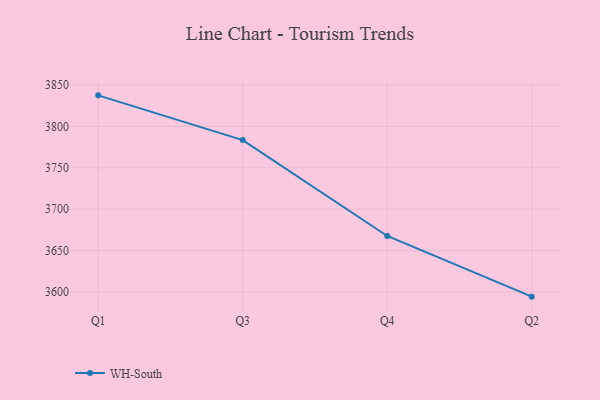
{"axis": {"x": "Quarter", "y": "Energy Usage (MWh)"}, "legend": ["WH-South"], "data": [{"x": "Q1", "y": 3837.6, "type": "WH-South"}, {"x": "Q3", "y": 3783.6, "type": "WH-South"}, {"x": "Q4", "y": 3667.7, "type": "WH-South"}, {"x": "Q2", "y": 3594.4, "type": "WH-South"}]}